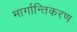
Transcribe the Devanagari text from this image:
मार्गान्तिकरण